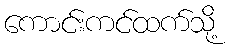
ကောင်းကင်ထက်သို့